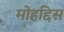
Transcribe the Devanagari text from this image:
मोहद्दिस